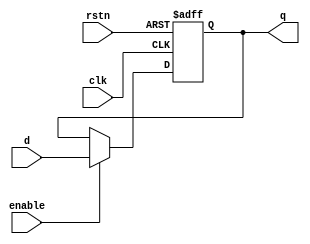
module ParameterizedRegister #(
    parameter WIDTH = 8 // Specify the default width of the register
)(
    input wire clk,          // Clock input
    input wire rstn,        // Active low asynchronous reset
    input wire enable,       // Enable signal for updating the register
    input wire [WIDTH-1:0] d, // Data input
    output reg [WIDTH-1:0] q  // Data output
);

// Synchronous reset and data loading
always @(posedge clk or negedge rstn) begin
    if (!rstn) begin
        q <= {WIDTH{1'b0}}; // Asynchronous reset to 0
    end else if (enable) begin
        q <= d; // Load new data on clock edge if enabled
    end
    // If enable is low, q retains its previous value
end

endmodule